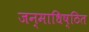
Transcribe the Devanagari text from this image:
जन्माधिष्ठित